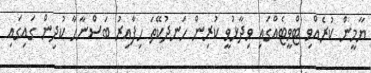
ޔާމީން ކުރެއްވި ޓްވީޓެއްގައި ވިދާޅުވީ ކުރިން ހަނދުކޭތަ ހިފާއިރު ބަސްނާހާ ކުދިން ގައިގައި